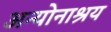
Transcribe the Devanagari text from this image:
अन्योनाश्रय